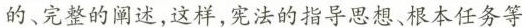
的、完整的阐述，这样，宪法的指导思想、根本任务等